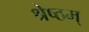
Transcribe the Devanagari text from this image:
श्रेष्ठम्